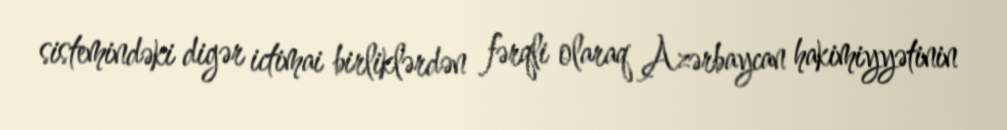
sistemindəki digər ictimai birliklərdən fərqli olaraq Azərbaycan hakimiyyətinin